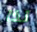
لذا